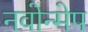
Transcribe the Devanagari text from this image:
नवोन्मेप